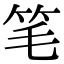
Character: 笔